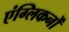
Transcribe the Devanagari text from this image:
एंग्लिकनों